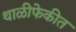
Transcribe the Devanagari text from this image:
थाळीफेकीत